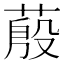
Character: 蒑